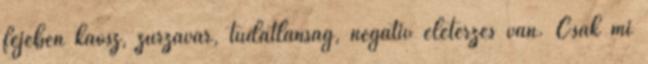
fejében káosz, zűrzavar, tudatlanság, negatív életérzés van. Csak mi